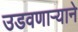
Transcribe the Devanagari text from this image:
उडवणाऱ्याने